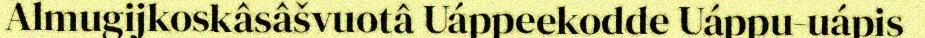
Almugijkoskâsâšvuotâ Uáppeekodde Uáppu-uápis